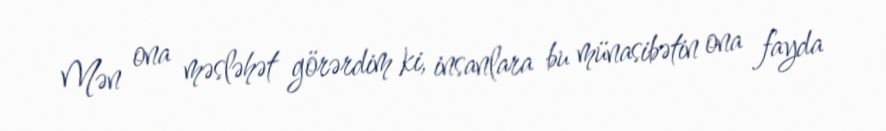
Mən ona məsləhət görərdim ki, insanlara bu münasibətin ona fayda